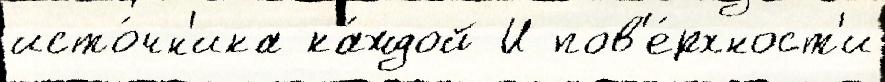
исто́чн'ика ка́ждой И пов'е́рхност'и